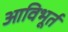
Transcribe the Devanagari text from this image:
आविभूर्त